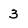
Character: 3